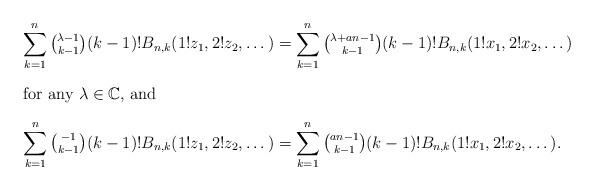
LaTeX: \begin{align*} \sum_{k=1}^n\tbinom{\lambda-1}{k-1}(k-1)!B_{n,k}(1!z_1,2!z_2,\dots) &= \sum_{k=1}^n\tbinom{\lambda+an-1}{k-1}(k-1)!B_{n,k}(1!x_1,2!x_2,\dots) \\ \intertext{for any $\lambda\in\mathbb{C}$, and} \sum_{k=1}^n\tbinom{-1}{k-1}(k-1)!B_{n,k}(1!z_1,2!z_2,\dots) &= \sum_{k=1}^n\tbinom{an-1}{k-1}(k-1)!B_{n,k}(1!x_1,2!x_2,\dots).\end{align*}